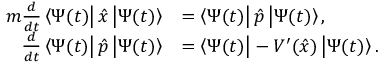
{ \begin{array} { r l } { m { \frac { d } { d t } } \left\langle \Psi ( t ) \right| { \hat { x } } \left| \Psi ( t ) \right\rangle } & { = \left\langle \Psi ( t ) \right| { \hat { p } } \left| \Psi ( t ) \right\rangle , } \\ { { \frac { d } { d t } } \left\langle \Psi ( t ) \right| { \hat { p } } \left| \Psi ( t ) \right\rangle } & { = \left\langle \Psi ( t ) \right| - V ^ { \prime } ( { \hat { x } } ) \left| \Psi ( t ) \right\rangle . } \end{array} }